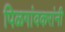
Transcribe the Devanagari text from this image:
पिळगांवकरांनी